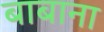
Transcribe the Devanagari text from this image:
बाबाना